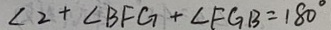
\angle 2 + \angle B F G + \angle F G B = 1 8 0 ^ { \circ }